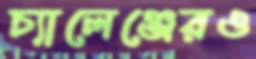
চ্যালেঞ্জেরও